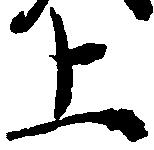
上